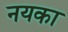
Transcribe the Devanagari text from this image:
नयका